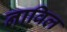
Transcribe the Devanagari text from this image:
नाविल